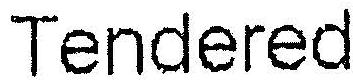
TENDERED